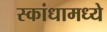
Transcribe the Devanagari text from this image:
स्कांधामध्ये